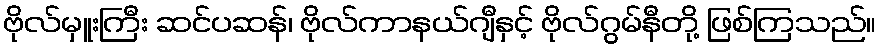
ဗိုလ်မှူးကြီး ဆင်ပဆန်၊ ဗိုလ်ကာနယ်ဂျီနှင့် ဗိုလ်ဂွမ်နီတို့ ဖြစ်ကြသည်။